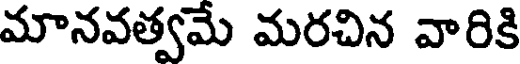
మానవత్వమే మరచిన వారికి